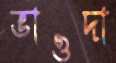
ভাওদা